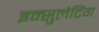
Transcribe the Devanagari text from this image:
इन्सुलेटिंग